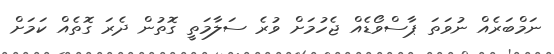
ނަމްބަރެއް ނުވަތަ ޕާސްވޯޑެއް ޖެހުމަށް ވުރެ ސަލާމަތީ ގޮތުން ދެރަ ގޮތެއް ކަމަށް